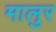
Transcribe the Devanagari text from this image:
मालुर